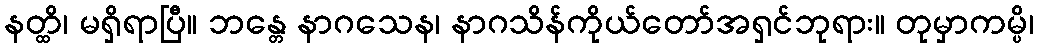
နတ္ထိ၊ မရှိရာပြီ။ ဘန္တေ နာဂသေန၊ နာဂသိန်ကိုယ်တော်အရှင်ဘုရား။ တုမှာကမ္ပိ၊